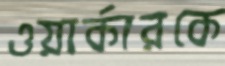
ওয়ার্কারকে